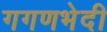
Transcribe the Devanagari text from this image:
गगणभेदी